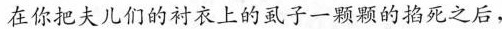
在你把夫儿们的衬衣上的虱子一颗颗的掐死之后，